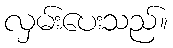
လှမ်းပေးသည်။